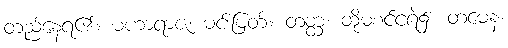
တည်နေရ၏။ မဟာရာဇ၊ မင်းမြတ်။ တတ္ထ၊ ထိုမစင်ငရဲ၌။ တမေနံ၊